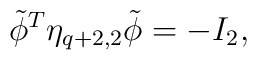
{\tilde \phi}^{T} {\eta}_{q+2,2} {\tilde \phi} = -I_{2},